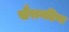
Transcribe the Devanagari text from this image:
खैरागढ़िया